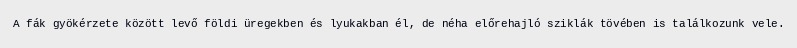
A fák gyökérzete között levő földi üregekben és lyukakban él, de néha előrehajló sziklák tövében is találkozunk vele.